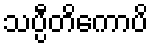
သပ္ပီတိကောပိ